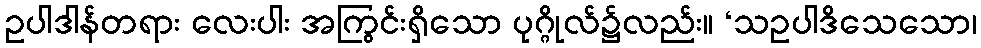
ဥပါဒါန်တရား လေးပါး အကြွင်းရှိသော ပုဂ္ဂိုလ်၌လည်း။ ‘သဥပါဒိသေသော၊